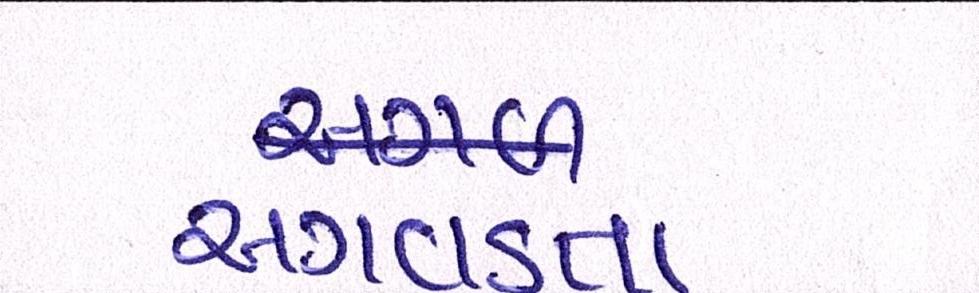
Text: અગવડતા